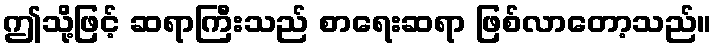
ဤသို့ဖြင့် ဆရာကြီးသည် စာရေးဆရာ ဖြစ်လာတော့သည်။